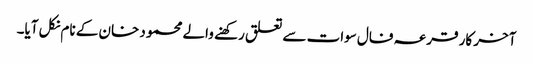
آخر کار قرعہ فال سوات سے تعلق رکھنے والے محمود خان کے نام نکل آیا۔